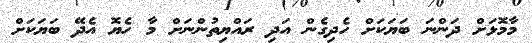
މާމޮޅަށް ދަންނަ ބަޔަކަށް ހެދިގެން އަދި ރައްޔިތުންނަށް މާ ހެޔޮ އެދޭ ބަޔަކަށް